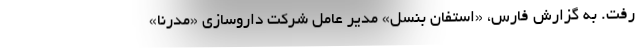
رفت. به گزارش فارس، «استفان بَنسل» مدیر عامل شرکت دارو‌سازی «مُدرنا»